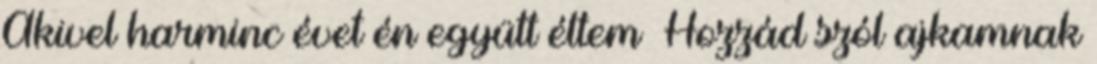
Akivel harminc évet én együtt éltem Hozzád szól ajkamnak